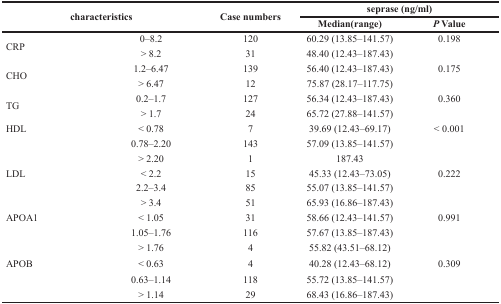
| <ROWSPAN=2-COLSPAN=2> characteristics | <ROWSPAN=2> Case numbers | <COLSPAN=2> seprase (ng/ml) |
 | Median(range) | P Value |
 | --- | --- | --- | --- | --- |
 | <ROWSPAN=2> CRP | 0–8.2 | 120 | 60.29 (13.85–141.57) | 0.198 |
 | > 8.2 | 31 | 48.40 (12.43–187.43) |  |
 | <ROWSPAN=2> CHO | 1.2–6.47 | 139 | 56.40 (12.43–187.43) | 0.175 |
 | > 6.47 | 12 | 75.87 (28.17–117.75) |  |
 | <ROWSPAN=2> TG | 0.2–1.7 | 127 | 56.34 (12.43–187.43) | 0.360 |
 | > 1.7 | 24 | 65.72 (27.88–141.57) |  |
 | HDL | < 0.78 | 7 | 39.69 (12.43–69.17) | < 0.001 |
 |  | 0.78–2.20 | 143 | 57.09 (13.85–141.57) |  |
 |  | > 2.20 | 1 | 187.43 |  |
 | LDL | < 2.2 | 15 | 45.33 (12.43–73.05) | 0.222 |
 |  | 2.2–3.4 | 85 | 55.07 (13.85–141.57) |  |
 |  | > 3.4 | 51 | 65.93 (16.86–187.43) |  |
 | APOA1 | < 1.05 | 31 | 58.66 (12.43–141.57) | 0.991 |
 |  | 1.05–1.76 | 116 | 57.67 (13.85–187.43) |  |
 |  | > 1.76 | 4 | 55.82 (43.51–68.12) |  |
 | APOB | < 0.63 | 4 | 40.28 (12.43–68.12) | 0.309 |
 |  | 0.63–1.14 | 118 | 55.72 (13.85–141.57) |  |
 |  | > 1.14 | 29 | 68.43 (16.86–187.43) |  |